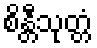
စိန္တီသုတ္တံ